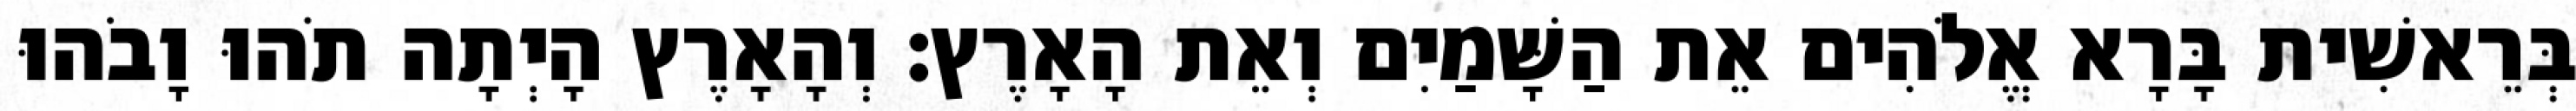
בְּרֵאשִׁית בָּרָא אֱלֹהִים אֵת הַשָּׁמַיִם וְאֵת הָאָרֶץ׃ וְהָאָרֶץ הָיְתָה תֹהוּ וָבֹהוּ